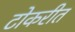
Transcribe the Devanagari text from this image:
टोकरीत